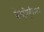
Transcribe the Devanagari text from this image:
बेस्टीएरिअस